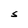
Character: S